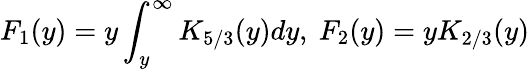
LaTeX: F_{1}(y)=y\int_{y}^{\infty}K_{5/3}(y)dy,\ F_{2}(y)=yK_{2/3}(y)